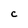
Character: C